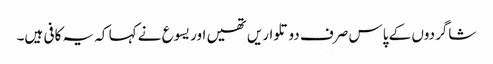
‏ شاگردوں کے پاس صرف دو تلواریں تھیں اور یسوع نے کہا کہ یہ کافی ہیں۔